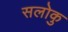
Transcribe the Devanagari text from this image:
सलोकु